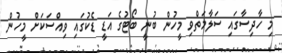
މި ހާދިސާގައި ސަލާމަތްވި މީހުން ބުނީ ބޯޓުގެ އަޑީ ޑެކުގައި ވިއްސަކަށް މީހުން